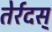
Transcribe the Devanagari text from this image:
तेर्रदस्